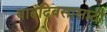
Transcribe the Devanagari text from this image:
वाढदिवसासाठी